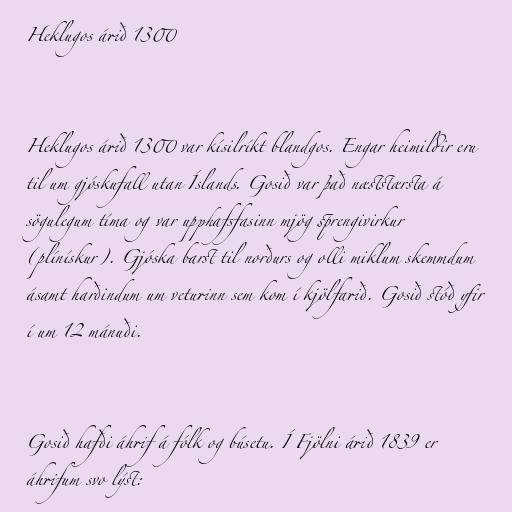
Heklugos árið 1300

Heklugos árið 1300 var kísilríkt blandgos. Engar heimildir eru
til um gjóskufall utan Íslands. Gosið var það næststærsta á
sögulegum tíma og var upphafsfasinn mjög sprengivirkur
(plínískur). Gjóska barst til norðurs og olli miklum skemmdum
ásamt harðindum um veturinn sem kom í kjölfarið. Gosið stóð yfir
í um 12 mánuði.

Gosið hafði áhrif á fólk og búsetu. Í Fjölni árið 1839 er
áhrifum svo lýst: